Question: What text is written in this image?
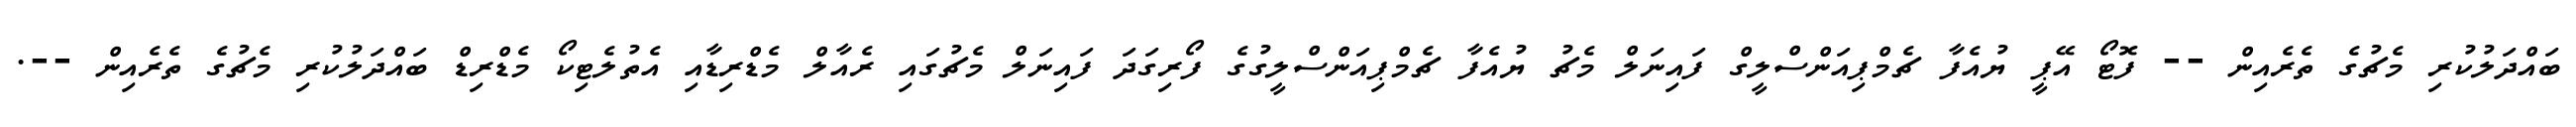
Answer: ބައްދަލުކުރި މެޗުގެ ތެރެއިން -- ފޮޓޯ އޭޕީ ޔުއެފާ ޗެމްޕިއަންސްލީގް ފައިނަލް މެޗު ޔުއެފާ ޗެމްޕިއަންސްލީގުގެ ފޯރިގަދަ ފައިނަލް މެޗުގައި ރެއާލް މެޑްރިޑާއި އެތުލެޓިކޯ މެޑްރިޑް ބައްދަލުކުރި މެޗުގެ ތެރެއިން --.